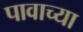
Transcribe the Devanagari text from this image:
पावाच्या